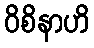
ဝိစိနာဟိ